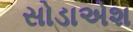
સોડાએશ